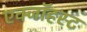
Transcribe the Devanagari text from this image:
एक्जाॅहस्ट